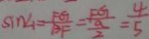
\sin \angle 1 = \frac { F G } { B F } = \frac { F G } { \frac { a } { 2 } } = \frac { 4 } { 5 }